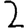
Digit: 2